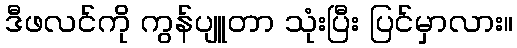
ဒီဖလင်ကို ကွန်ပျူတာ သုံးပြီး ပြင်မှာလား။